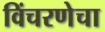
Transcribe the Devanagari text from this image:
विंचरणेचा